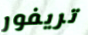
تريفور